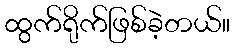
ထွက်ရိုက်ဖြစ်ခဲ့တယ်။